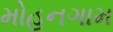
મોહનગામ